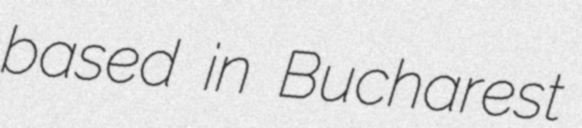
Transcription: based in Bucharest